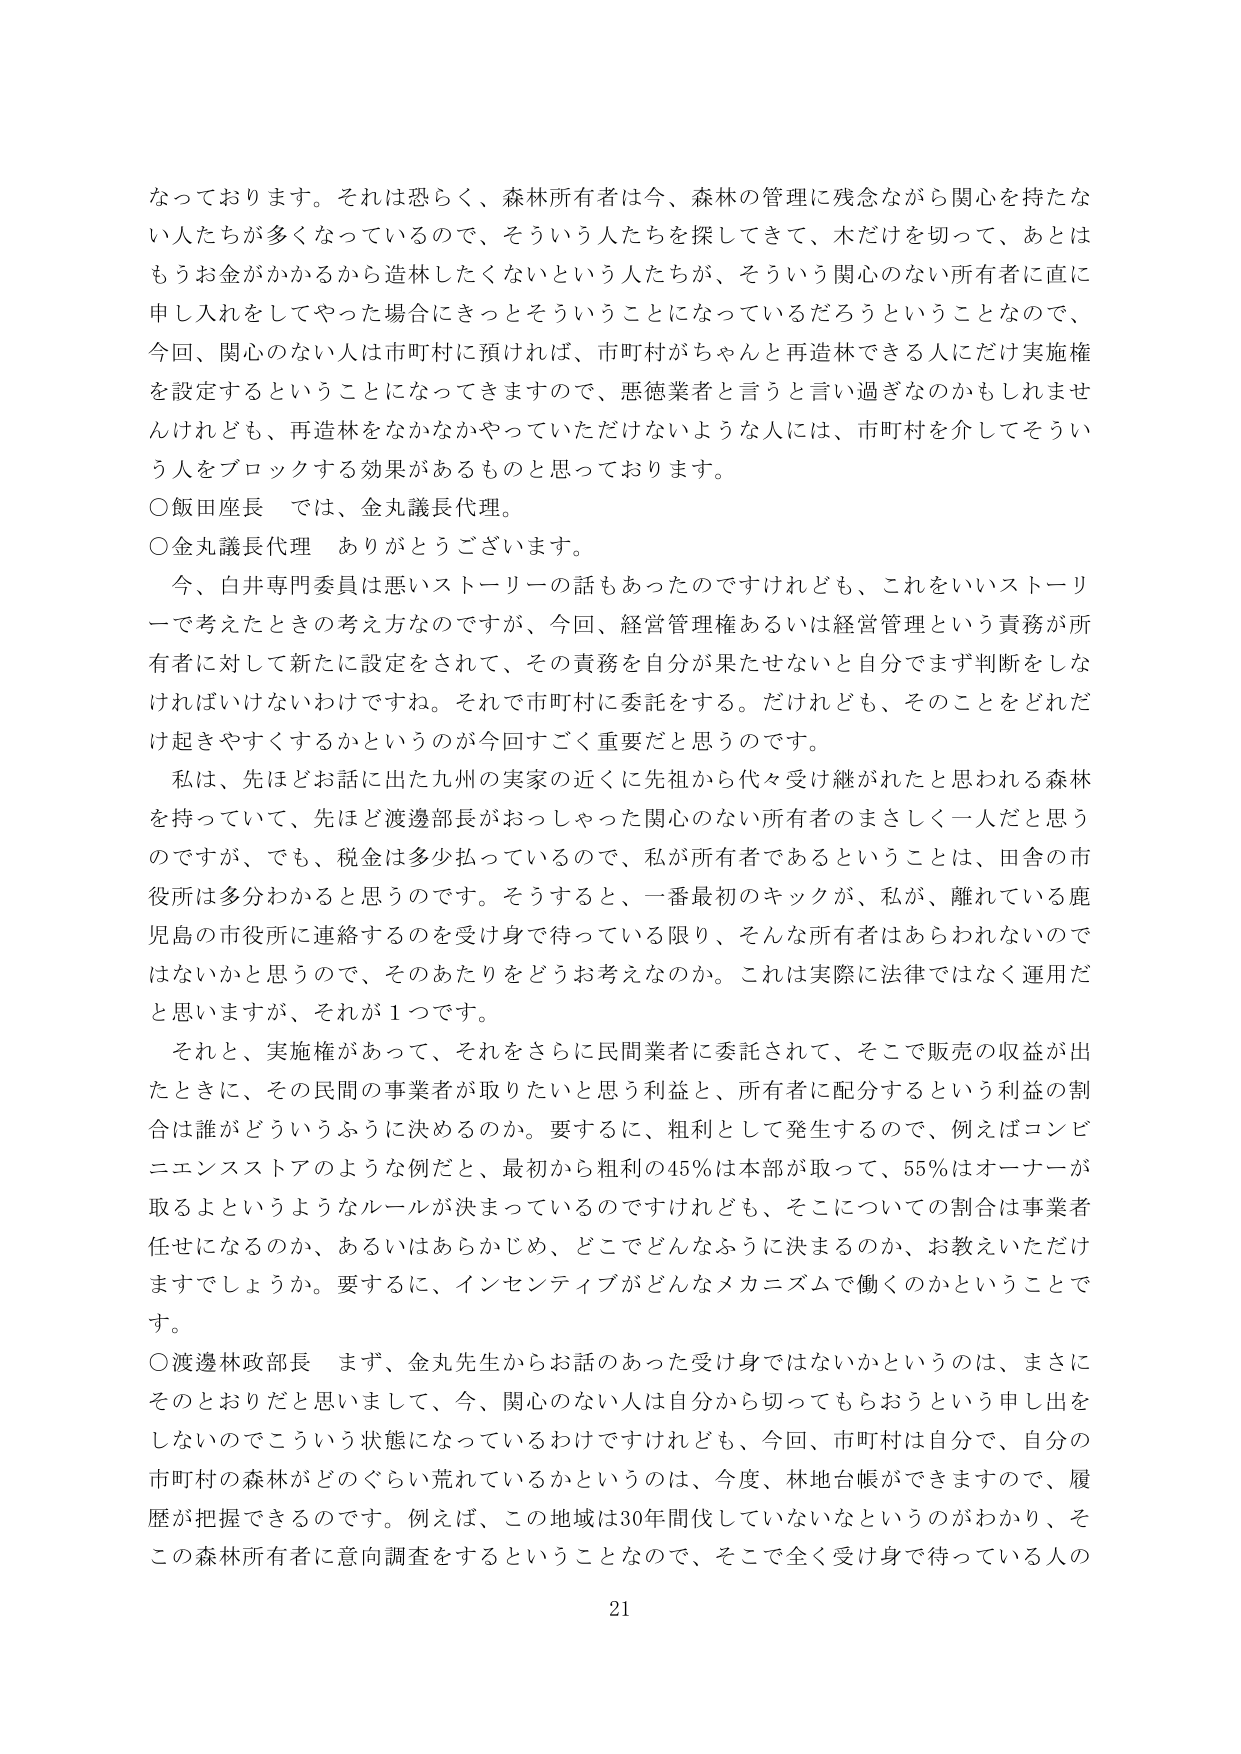
なっております。それは恐らく、森林所有者は今、森林の管理に残念ながら関心を持たない人たちが多くなっているので、そういう人たちを探してきて、木だけを切って、あとはもうお金がかかるから造林したくないという人たちが、そういう関心のない所有者に直に申し入れをしてやった場合にきっとそういうことになっているだろうということなので、今回、関心のない人は市町村に預ければ、市町村がちゃんと再造林できる人にだけ実施権を設定するということになってきますので、悪徳業者と言うと言い過ぎなのかもしれませんが、再造林をなかなかやっていただけないような人には、市町村を介してそういう人をブロックする効果があるものと思っております。

○飯田座長　では、金丸議長代理。

○金丸議長代理　ありがとうございます。

　今、白井専門委員は悪いストーリーの話もあったのですけれども、これをいいストーリーで考えたときの考え方なのですが、今回、経営管理権あるいは経営管理という責務が所有者に対して新たに設定をされて、その責務を自分が果たせないと自分でまず判断をしなければいけないわけです。それで市町村に委託をする。だけれども、そのことをどれだけ起きやすくするかというのが今回すごく重要だと思うのです。

　私は、先ほどお話に出た九州の実家の近くに先祖から代々受け継がれたと思われる森林を持っていて、先ほど渡邊部長がおっしゃった関心のない所有者のまさしく一人だと思うのですが、でも、税金は多少払っているので、私が所有者であるということは、田舎の市役所は多分わかると思うのです。そうすると、一番最初のキックが、私が、離れている鹿児島の市役所に連絡するのを受け身で待っている限り、そんな所有者はあらわれないのではないかと思うので、そのあたりをどうお考えなのか。これは実際に法律ではなく運用だと思いますが、それが１つです。

　それと、実施権があって、それをさらに民間業者に委託されて、そこで販売の収益が出たときに、その民間の事業者が取りたいと思う利益と、所有者に配分するという利益の割合は誰がどういうふうに決めるのか。要するに、粗利として発生するので、例えばコンビニエンスストアのような例だと、最初から粗利の45％は本部が取って、55％はオーナーが取るよというようなルールが決まっているのですけれども、そこについての割合は事業者任せになるのか、あるいはあらかじめ、どこでどんなふうに決まるのか、お教えいただけますでしょうか。要するに、インセンティブがどんなメカニズムで働くのかということです。

○渡邊林政部長　まず、金丸先生からお話のあった受け身ではないかというのは、まさにそのとおりだと思いまして、今、関心のない人は自分から切ってもらおうという申し出をしないのでこういう状態になっているわけですが、今回、市町村は自分で、自分の市町村の森林がどのぐらい荒れているかというのは、今度、林地台帳ができますので、履歴が把握できるのです。例えば、この地域は30年間伐していないなというのがわかり、そこの森林所有者に意向調査をするということなので、そこで全く受け身で待っている人の

21